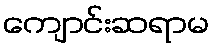
ကျောင်းဆရာမ